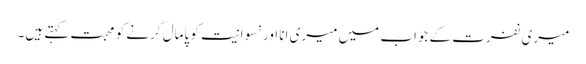
میری نفرت کے جواب میں میری انا اور نسوانیت کو پامال کرنے کو محبت کہتے ہیں۔